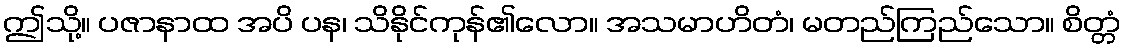
ဤသို့။ ပဇာနာထ အပိ ပန၊ သိနိုင်ကုန်၏လော။ အသမာဟိတံ၊ မတည်ကြည်သော။ စိတ္တံ